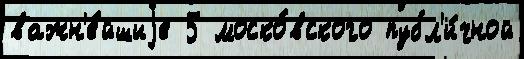
важн'е́йшиjе 5 моско́вского публ'и́чной